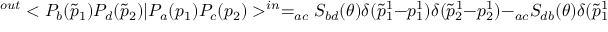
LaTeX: ^ { o u t } < P _ { b } ( \tilde { p } _ { 1 } ) P _ { d } ( \tilde { p } _ { 2 } ) | P _ { a } ( p _ { 1 } ) P _ { c } ( p _ { 2 } ) > ^ { i n } = _ { a c } S _ { b d } ( \theta ) \delta ( \tilde { p } _ { 1 } ^ { 1 } - p _ { 1 } ^ { 1 } ) \delta ( \tilde { p } _ { 2 } ^ { 1 } - p _ { 2 } ^ { 1 } ) - _ { a c } S _ { d b } ( \theta ) \delta ( \tilde { p } _ { 1 } ^ { 1 } - p _ { 2 } ^ { 1 } ) \delta ( \tilde { p } _ { 2 } ^ { 1 } - p _ { 1 } ^ { 1 } ) .